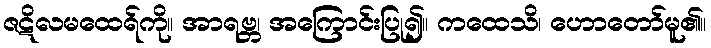
ဇဋိလမထေရ်ကို။ အာရဗ္ဘ၊ အကြောင်းပြု၍။ ကထေသိ၊ ဟောတော်မူ၏။